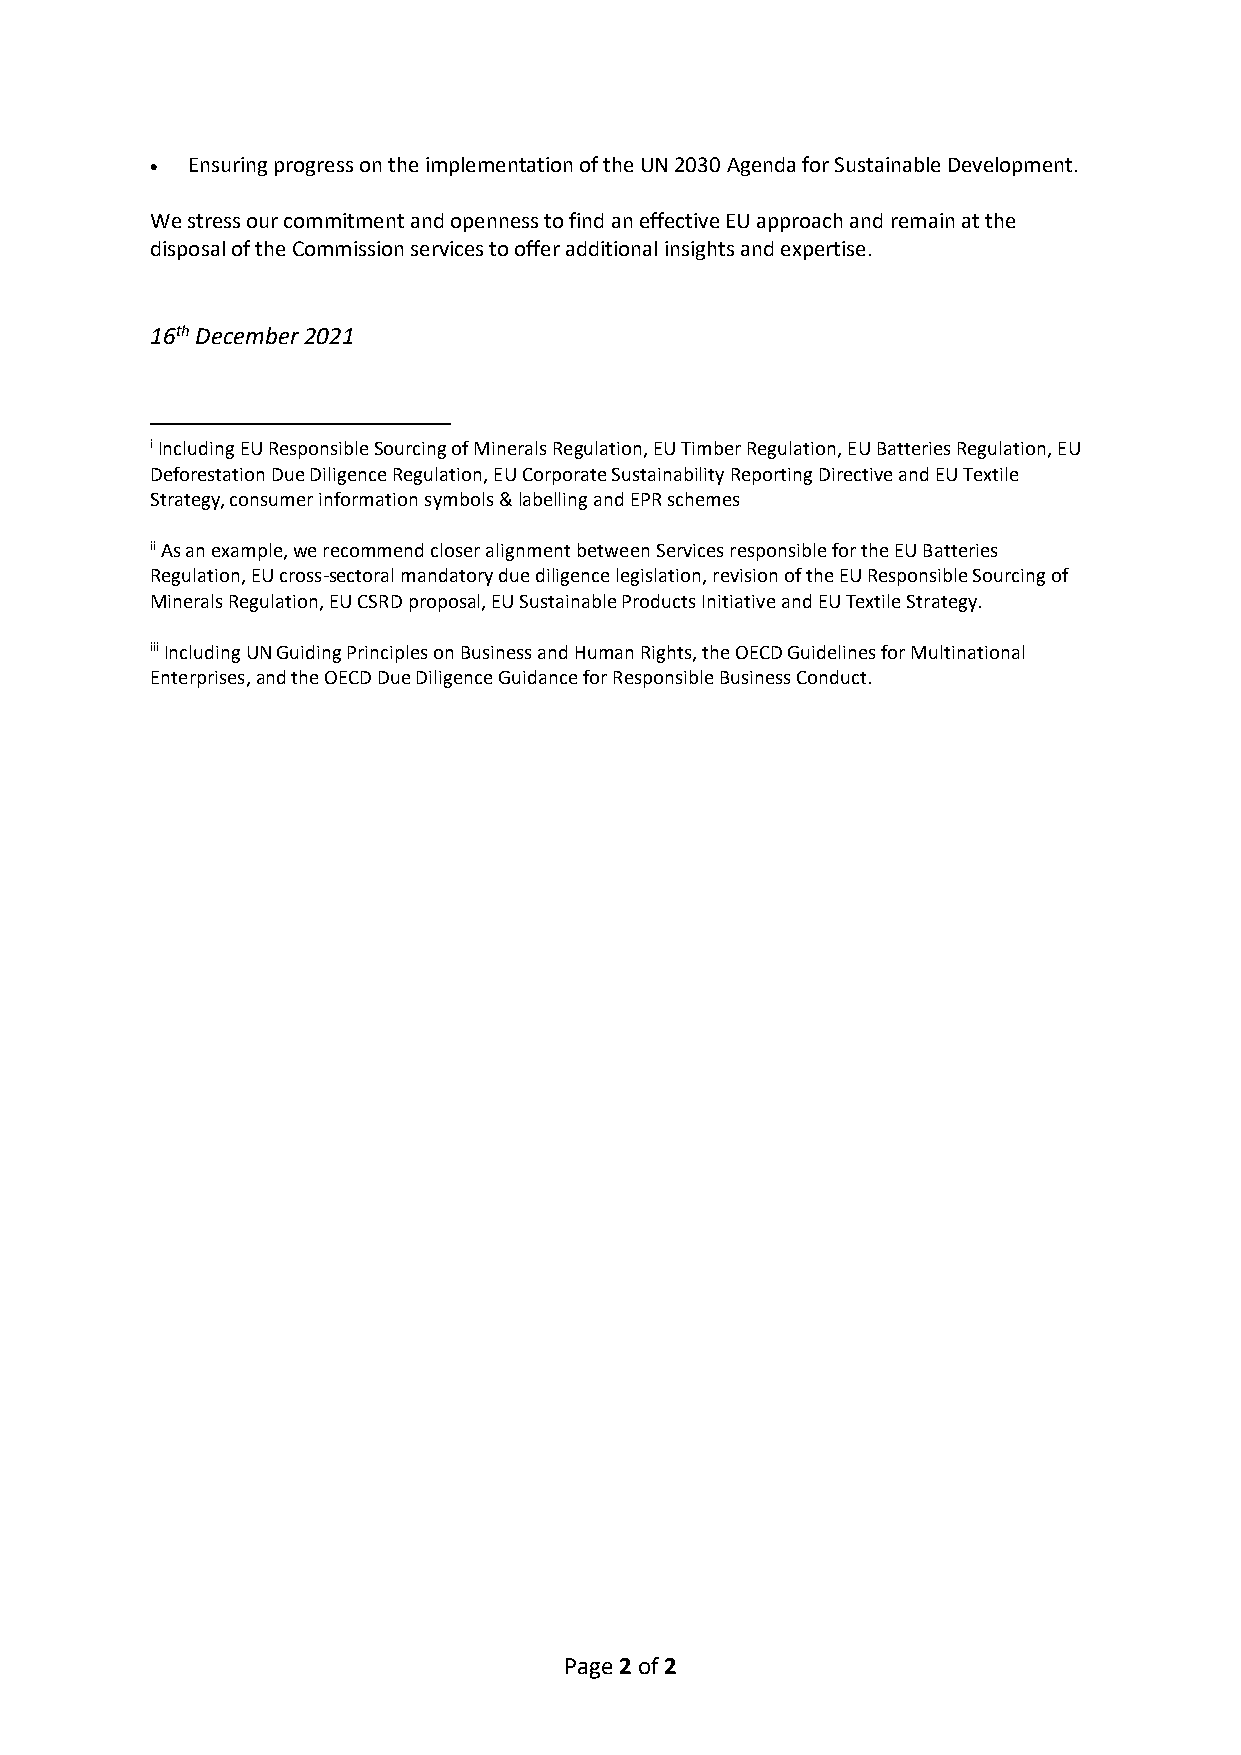
• Ensuring progress on the implementation of the UN 2030 Agenda for Sustainable Development.
 We stress our commitment and openness to find an effective EU approach and remain at the
 disposal of the Commission services to offer additional insights and expertise.
 16th December 2021
 i Including EU Responsible Sourcing of Minerals Regulation, EU Timber Regulation, EU Batteries Regulation, EU
 Deforestation Due Diligence Regulation, EU Corporate Sustainability Reporting Directive and EU Textile
 Strategy, consumer information symbols & labelling and EPR schemes
 ii As an example, we recommend closer alignment between Services responsible for the EU Batteries
 Regulation, EU cross-sectoral mandatory due diligence legislation, revision of the EU Responsible Sourcing of
 Minerals Regulation, EU CSRD proposal, EU Sustainable Products Initiative and EU Textile Strategy.
 iii Including UN Guiding Principles on Business and Human Rights, the OECD Guidelines for Multinational
 Enterprises, and the OECD Due Diligence Guidance for Responsible Business Conduct.
 Page 2 of 2